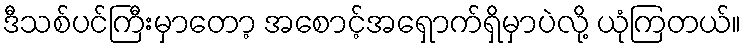
ဒီသစ်ပင်ကြီးမှာတော့ အစောင့်အရှောက်ရှိမှာပဲလို့ ယုံကြတယ်။